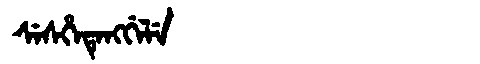
Manchu: ᠰᡝᠰᡥᡝᡨᡝᠩᡤᡝᠯᡝ
Romanization: SESHETENGGELE